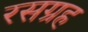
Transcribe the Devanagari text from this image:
रसग्रह